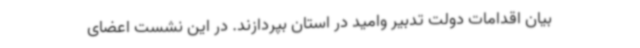
بیان اقدامات دولت تدبیر وامید در استان بپردازند. در این نشست اعضای